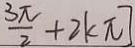
\frac { 3 \pi } { 2 } + 2 k \pi ]